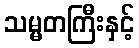
သမ္မတကြီးနှင့်